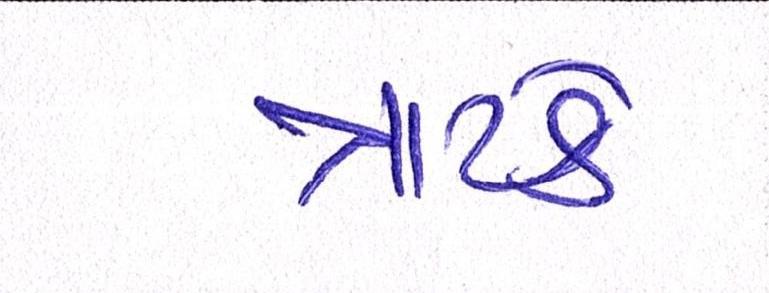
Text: ત્રાટકે